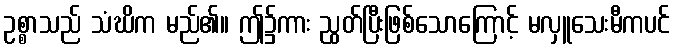
ဥစ္စာသည် သံဃိက မည်၏။ ဤ၌ကား ညွတ်ပြီးဖြစ်သောကြောင့် မလှူသေးမီကပင်